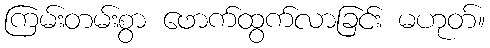
ကြမ်းတမ်းစွာ ဖောက်ထွက်လာခြင်း မဟုတ်။